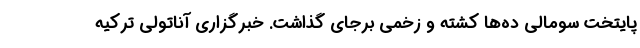
پایتخت سومالی ده‌ها کشته و زخمی برجای گذاشت. خبرگزاری آناتولی ترکیه